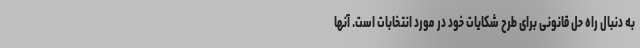
به دنبال راه حل قانونی برای طرح شکایات خود در مورد انتخابات است. آنها